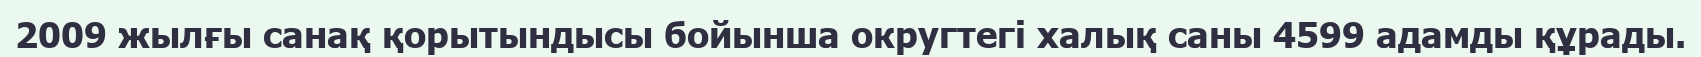
2009 жылғы санақ қорытындысы бойынша округтегі халық саны 4599 адамды құрады.